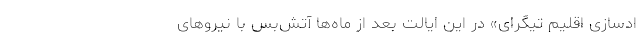
ادسازی اقلیم تیگرای» در این ایالت بعد از ماه‌ها آتش‌بس با نیروهای